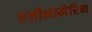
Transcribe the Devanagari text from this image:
एजीनामेरिन